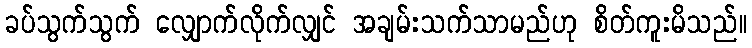
ခပ်သွက်သွက် လျှောက်လိုက်လျှင် အချမ်းသက်သာမည်ဟု စိတ်ကူးမိသည်။